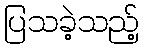
ပြသခဲ့သည့်